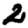
Digit: 2